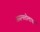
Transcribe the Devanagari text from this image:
असमतोलाचा